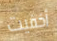
أخفيت